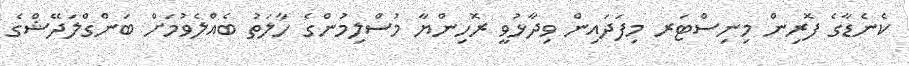
ކެނެޑާގެ ފޮރިން މިނިސްޓަރ މިފަދައިން ވިދާޅުވީ ރޮހިންޔާ މުސްލިމުންގެ ހާލަތު ބެއްލެވުމަށް ބަންގްލަދޭޝްގެ